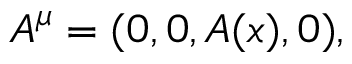
A ^ { \mu } = ( 0 , 0 , A ( x ) , 0 ) ,